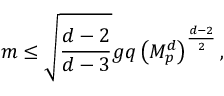
m \leq \sqrt { \frac { d - 2 } { d - 3 } } g q \left( M _ { p } ^ { d } \right) ^ { \frac { d - 2 } { 2 } } ,